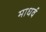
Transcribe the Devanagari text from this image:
माधर्व